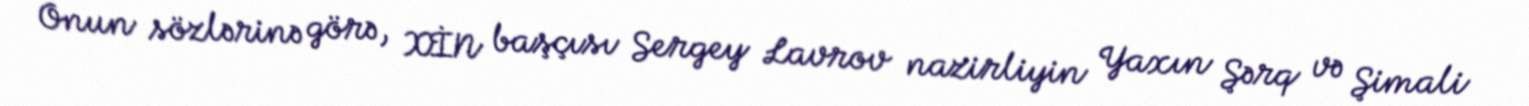
Onun sözlərinə görə, XİN başçısı Sergey Lavrov nazirliyin Yaxın Şərq və Şimali